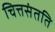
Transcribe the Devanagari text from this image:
चित्तसंतति